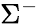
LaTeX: \Sigma^{-}